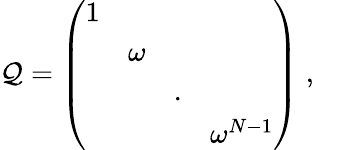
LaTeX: \mathcal{Q}=\left(\begin{array}{cccc}{{1}}&{{}}&{{}}&{{}}\\ {{}}&{{\omega}}&{{}}&{{}}\\ {{}}&{{}}&{{.}}&{{}}\\ {{}}&{{}}&{{}}&{{\omega^{N-1}}}\end{array}\right)\; ,\; \; \; \; \; \;